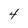
Character: 4